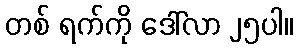
တစ် ရက်ကို ဒေါ်လာ ၂၅ပါ။